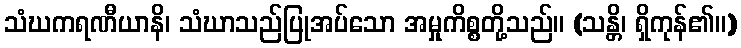
သံဃကရဏီယာနိ၊ သံဃာသည်ပြုအပ်သော အမှုကိစ္စတို့သည်။ (သန္တိ၊ ရှိကုန်၏။)